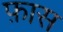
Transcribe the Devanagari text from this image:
फ़ास